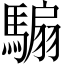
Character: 騸